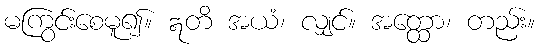
မကြွင်းစေမူ၍။ ဣတိ အယံ၊ လျှင်။ အတ္ထော၊ တည်း။